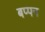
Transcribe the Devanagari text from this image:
बप्पन